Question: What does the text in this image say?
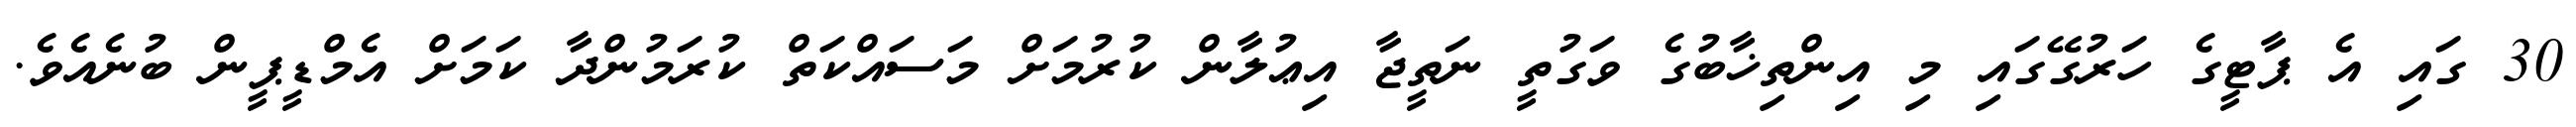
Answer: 30 ގައި އެ ޕާޓީގެ ހަރުގޭގައި މި އިންތިޚާބުގެ ވަގުތީ ނަތީޖާ އިޢުލާން ކުރުމަށް މަސައްކަތް ކުރަމުންދާ ކަމަށް އެމްޑީޕީން ބުނެއެވެ.